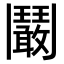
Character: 鬫